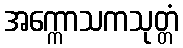
အက္ကောသကသုတ္တံ